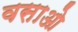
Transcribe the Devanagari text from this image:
वसाओ